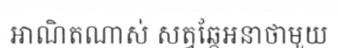
អាណិតណាស់ សត្វឆ្កែអនាថាមួយ